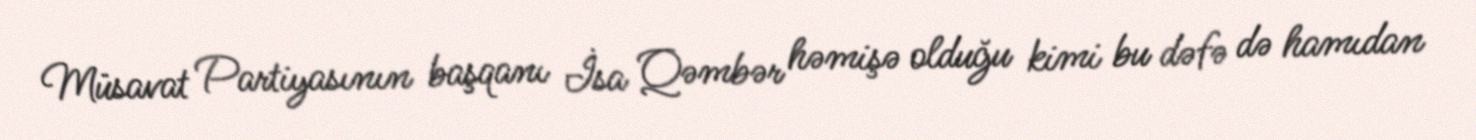
Müsavat Partiyasının başqanı İsa Qəmbər həmişə olduğu kimi bu dəfə də hamıdan